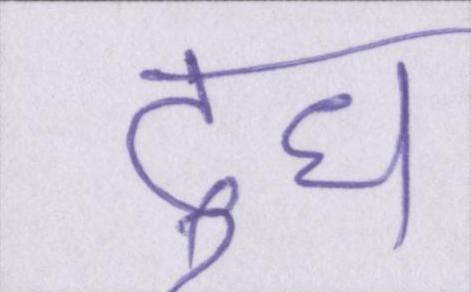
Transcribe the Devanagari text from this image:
दुध